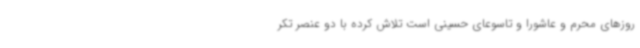
روزهای محرم و عاشورا و تاسوعای حسینی است تلاش کرده با دو عنصر تکر